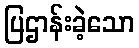
ပြဌာန်းခဲ့သော